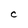
Character: C